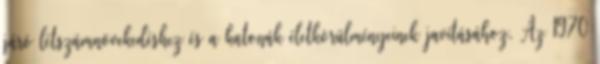
járó létszámnövekedéshez és a katonák életkörülményeinek javításához. Az 1970